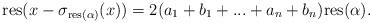
LaTeX: \begin{align*}\mathrm{res}(x- \sigma_{\mathrm{res}(\alpha)}(x))=2(a_1+b_1+...+a_n+b_n)\mathrm{res}(\alpha).\end{align*}